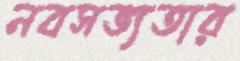
নবসভ্যতার